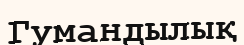
Гумандылық